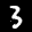
Label: 3